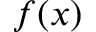
f ( x )